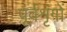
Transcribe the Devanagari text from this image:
पूर्वशृंगों